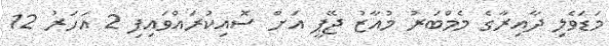
މަޑަވެލި ދާއިރާގެ މެމްބަރު މުއާޒު ޖޭޕީ އަަށް ސޮއިކުރައްވައިފި 2 އަހަރު 12